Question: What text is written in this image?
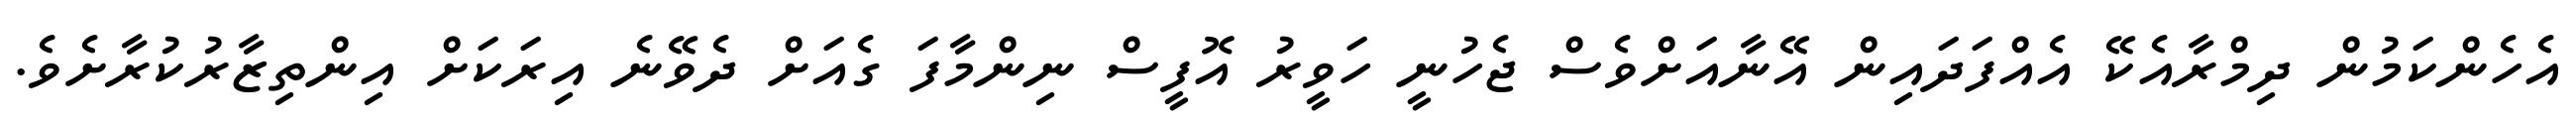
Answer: އެހެންކަމުން ދިމްރާއެކޭ އެއްފަދައިން އޭނާއަށްވެސް ޖެހުނީ ހަވީރު އޮފީސް ނިންމާފަ ގެއަށް ދެވޭނެ އިރަކަށް އިންތިޒާރުކުރާށެވެ.